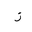
Letter: _zay